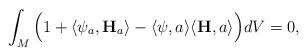
LaTeX: \begin{align*}\int_{M}\Big(1+\langle \psi_{a}, \mathbf{H}_{a}\rangle- \langle \psi,a \rangle \langle \mathbf{H}, a\rangle\Big)dV=0,\end{align*}